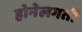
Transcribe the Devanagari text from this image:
होनेलगती